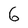
Character: 6